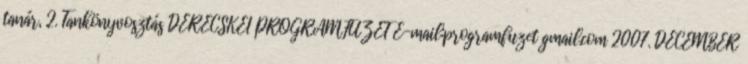
tanár, 2. Tankönyvosztás DERECSKEI PROGRAMFÜZET E-mail:programfuzet gmail.com 2007. DECEMBER